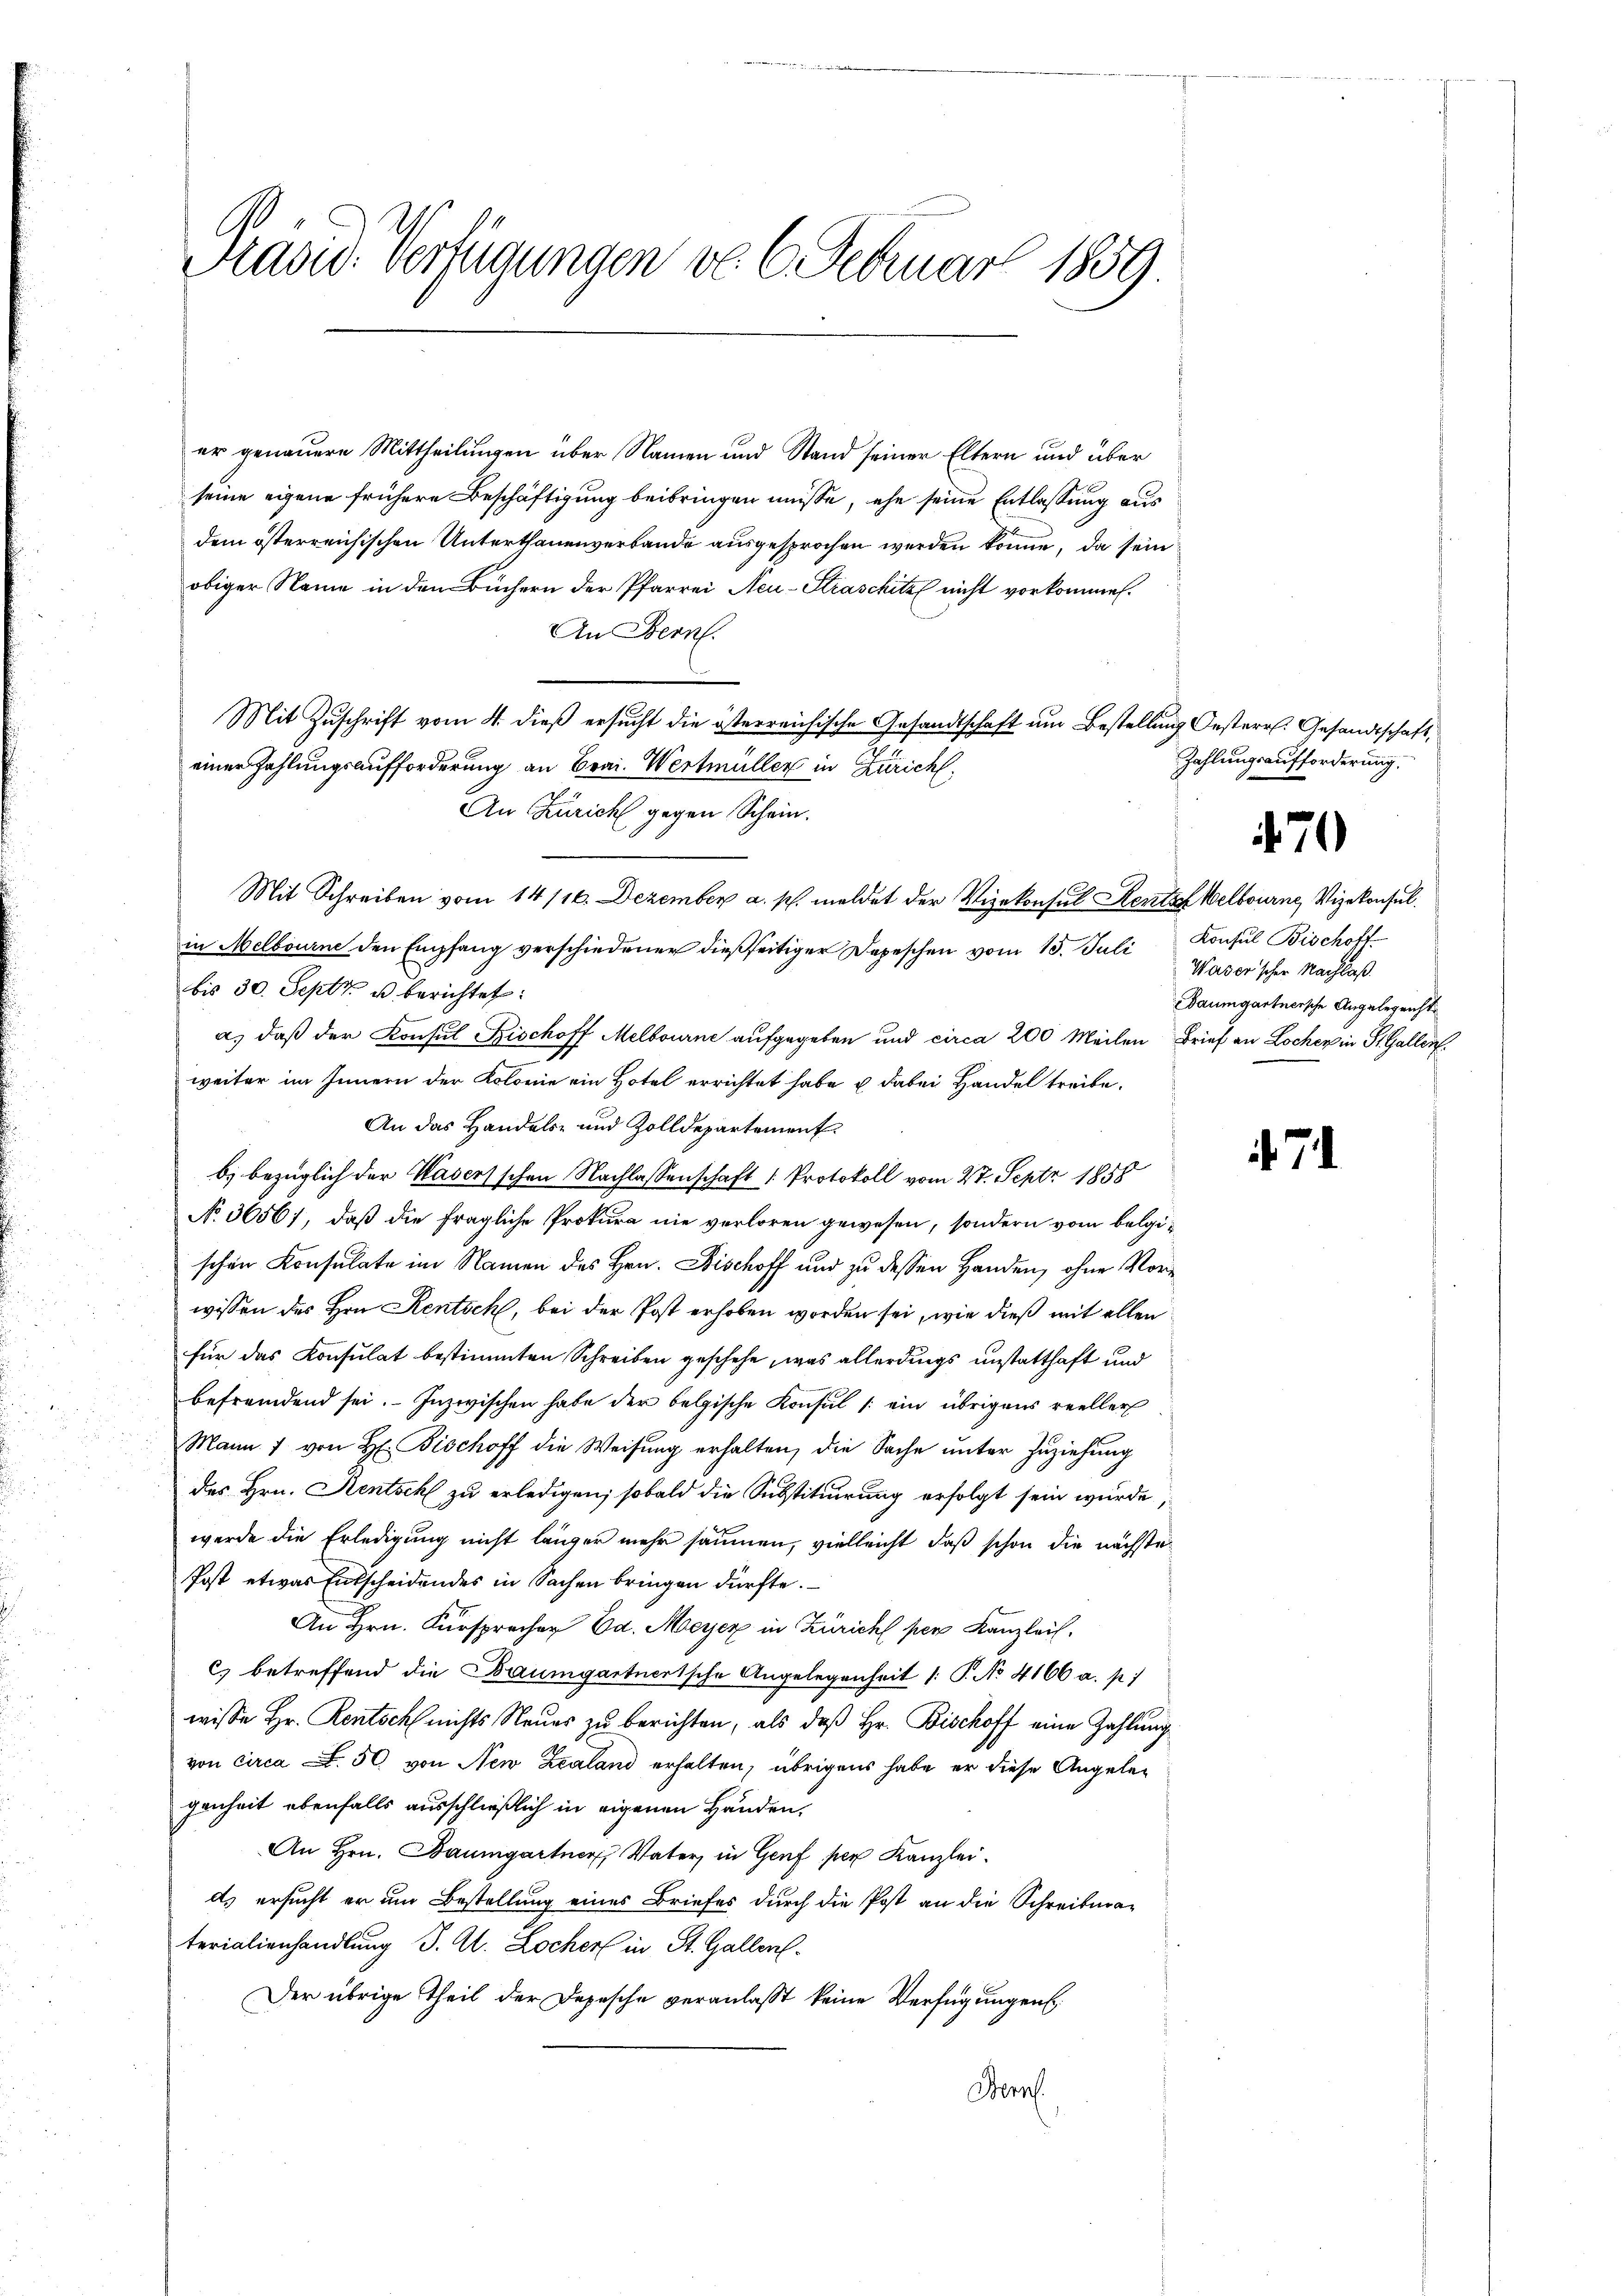
Präsid. Verfügungen v. 6. Februar 1859

er genauere Mittheilungen über Namen und Stand seiner Eltern und über
seine eigene frühere Beschäftigung beibringen müsse, ehe seine Entlassung aus
dem österreichischen Unterthanenverbande ausgesprochen werden könne, da sein
obiger Name in den Büchern der Pfarrei Neu-Straschitz nicht vorkommen.
An Bern.
Mit Zuschrift vom 4. dieß ersucht die österreichische Gesandtschaft um Bestellung Oesterr. Gesandtschaft,
einer Zahlungsaufforderung an Brai-Wertmüller in Zürich,
An Zürich gegen Schein.
Mit Schreiben vom 14/16. Dezember a. p. meldet der Vizekonsul Kents Melbourne, Vizekonsulin Melbourne den Empfang verschiedener dießseitiger Depeschen vom 15. Juli Konsul Bischoft
bis 30. Sept. u berichtet:
a. daß der Konsul Bischoff Melbourne aufgegeben und circa 200 Meilen Brief an Locher in St. Gallen
weiter im Innern der Kolonie ein Hotel errichtet habe u dabei Handel treibe.
An das Handels- und Zolldepartement
b) bezüglich der Wasersschen Nachlassenschaft 1 Protokoll vom 27. Sept 1858
No 3656), daß die fragliche Prokura nie verloren gewesen, sondern vom belgischen Konsulate im Namen des Hrn. Fischoff und zu dessen Handen, ohne Vorwissen des Hrn Kentsch, bei der Post erhoben worden sei, wie dieß mit allen
für das Konsulat bestimmten Schreiben geschehe, was allerdings unstatthaft und
befremdend sei. Inzwischen habe der belgische Konsul /: ein übrigens reeller
Mann 1 von H. Bischoff die Weisung erhalten, die Sache unter Zuziehung
des Hrn. Rentschl zu erledigen, sobald die Substituirung erfolgt sein wurde
werde die Erledigung nicht länger mehr säumen, vielleicht, daß schon die nächste¬
Post etwas Entscheidendes in Sachen bringen dürfte.
An Hrn. Fürsprecher Ed. Meyer in Zürich per Kanzlei.
c) betreffend die Baumgartnertsche Angelegenheit /: P. No. 4166 a. p.)
wisse Hr. Rentsch nichts Neues zu berichten, als daß Hr. Bischoff eine Zahlung
von circa . 50 von New Zealand erhalten, übrigens habe er diese Angelegenheit ebenfalls ausschließlich in eigenen Händen,
An Hrn. Baumgartner, Vater, in Genf per Kanzlei.
d. ersucht er um Bestellung eines Briefes durch die Post an die Schreibera-
terialienhandlung J. A. Locher in St. Gallen.
Der übrige Theil der Depesche veranlaßt keine Verfügungen
Demn

Zahlungsaufforderung.

470

7

Waser'scher Nachlaß.
Baumgartnersche Angelegenst